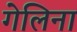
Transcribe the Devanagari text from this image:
गेलिना